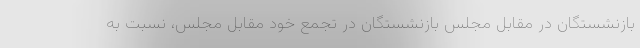
بازنشستگان در مقابل مجلس بازنشستگان در تجمع خود مقابل مجلس، نسبت به